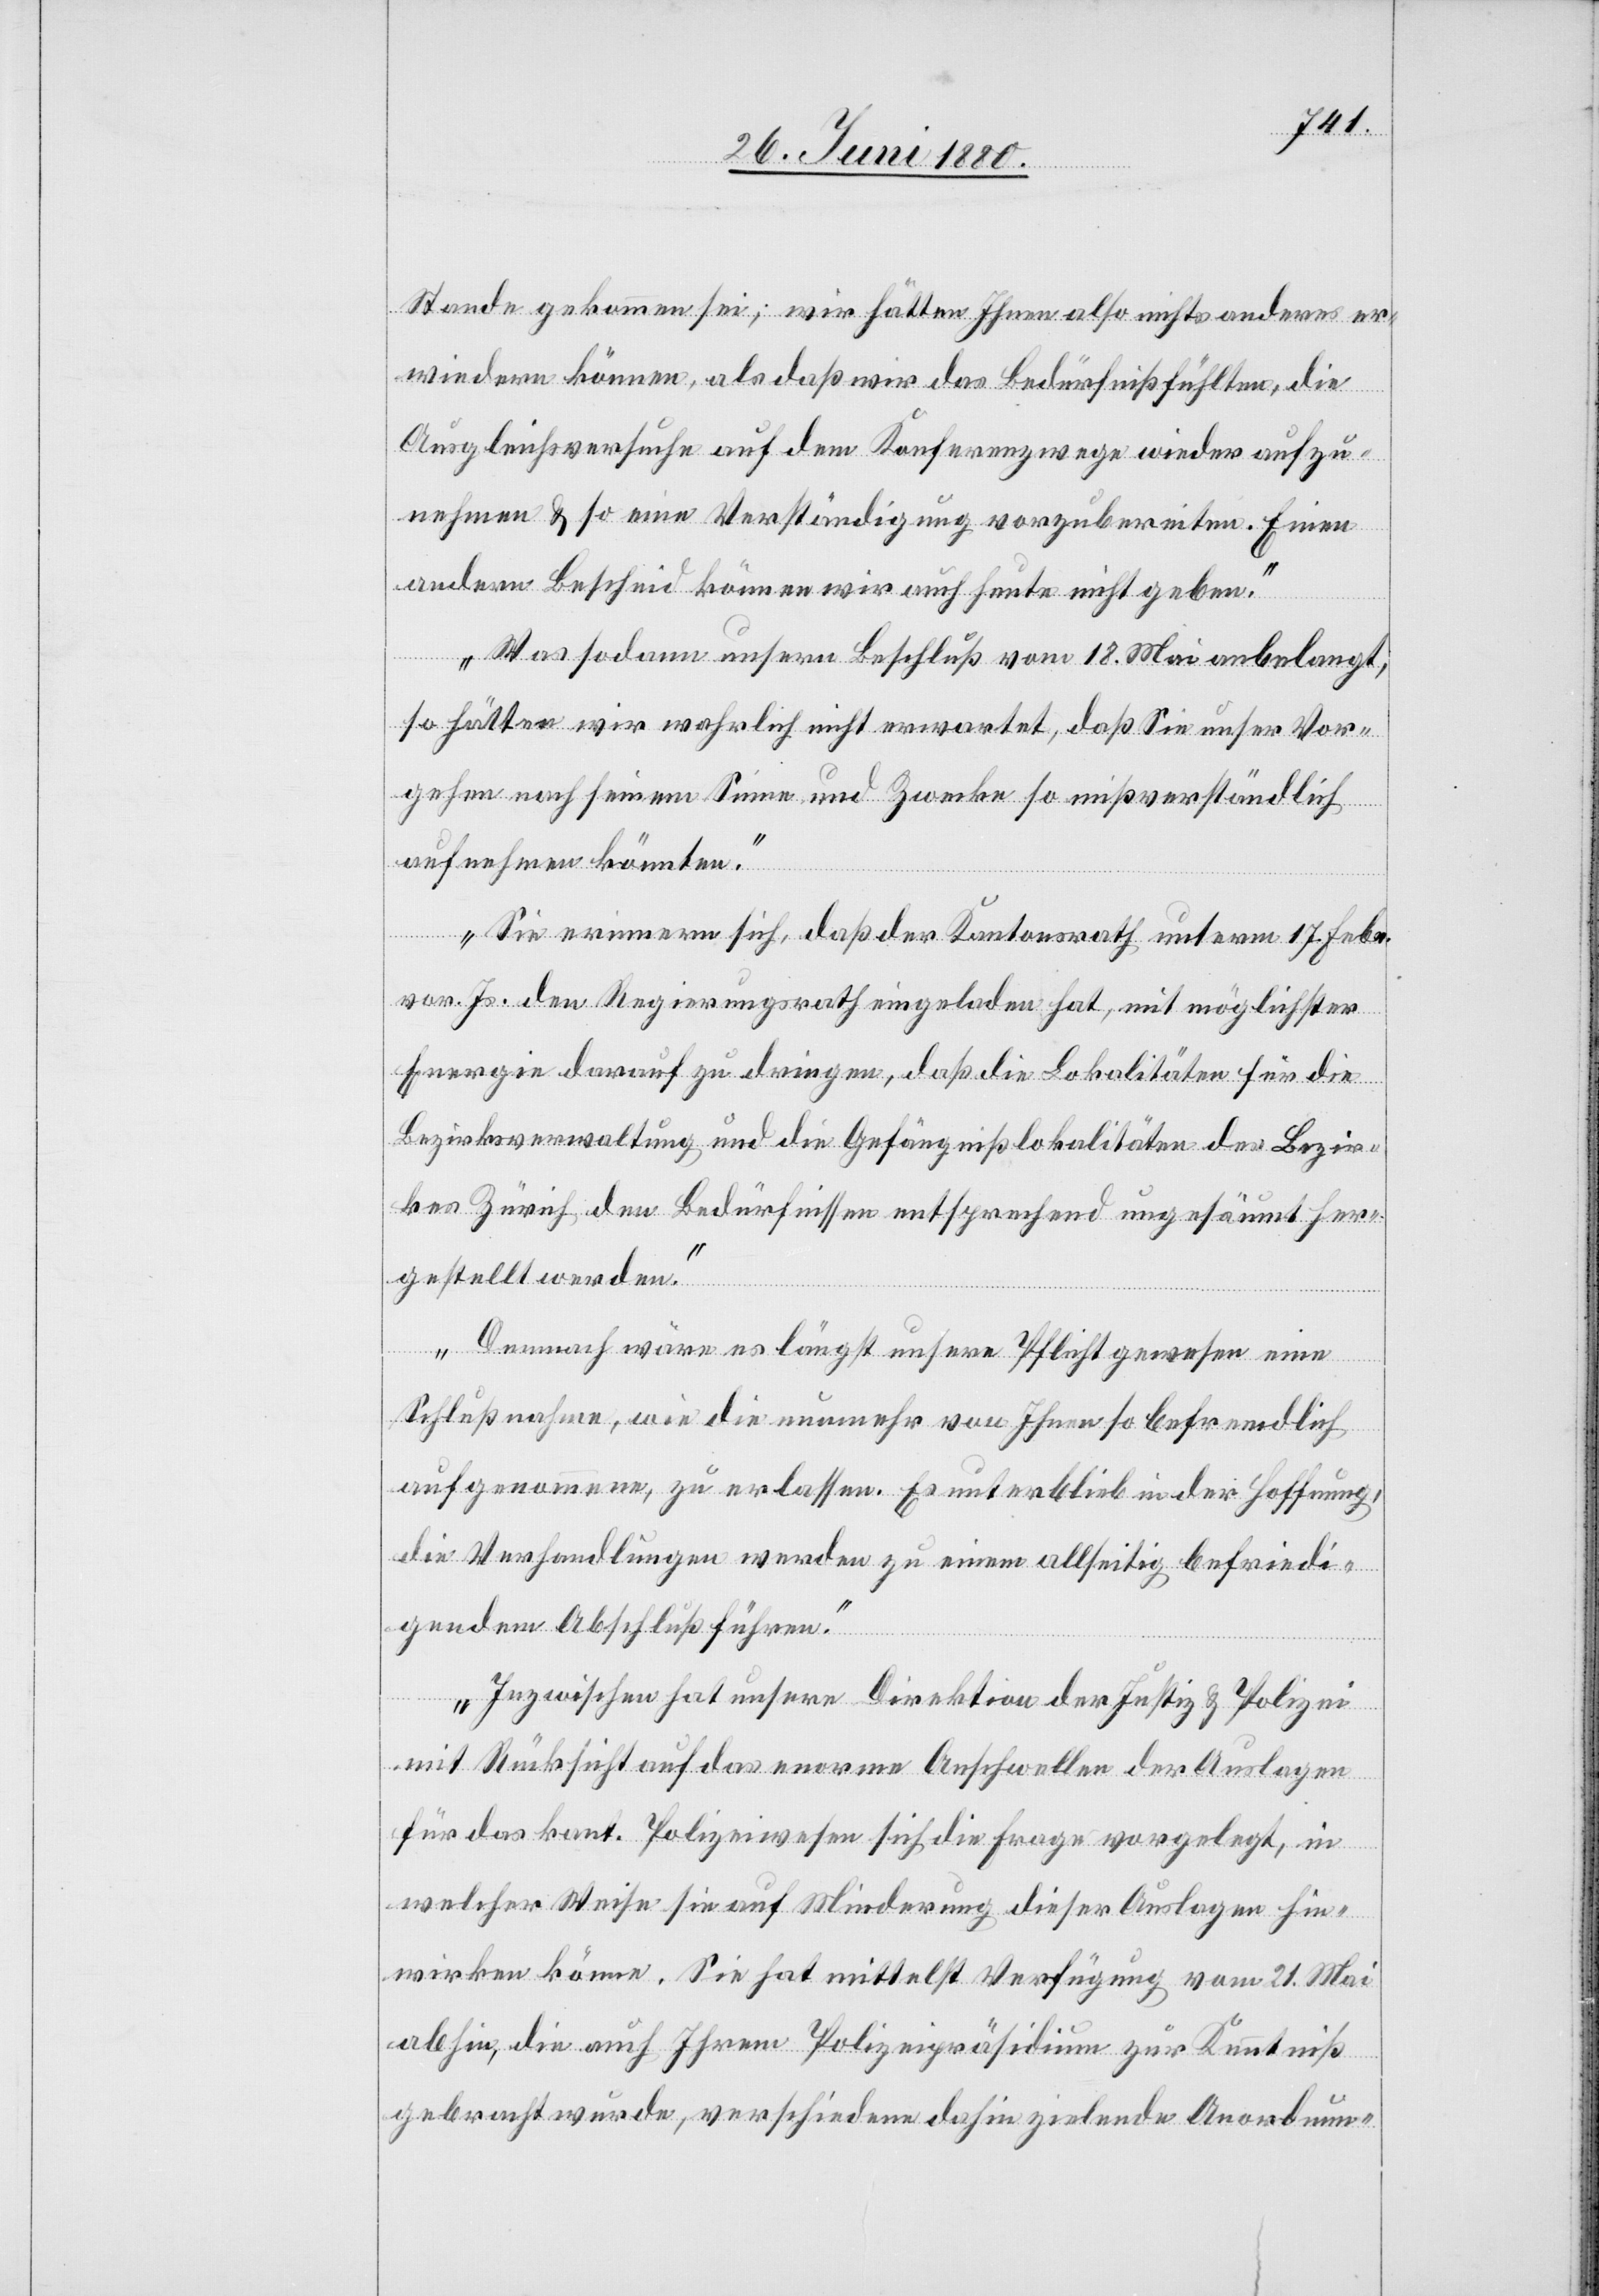
Stande gekommen sei; wir hätten Ihnen also nichts anderes er¬
wiedern können, als daß wir das Bedürfniß fühlten, die
Ausgleichversuche auf dem Konferenzwege wieder aufzu¬
nehmen & so eine Verständigung vorzubereiten. Einen
andern Bescheid können wir auch heute nicht geben.
Was sodann unsern Beschluß vom 18. Mai anbelangt,
so hätten wir wahrlich nicht erwartet, daß Sie unser Vor¬
gehen nach seinem Sinne und Zwecke so mißverständlich
aufnehmen könnten.
Sie erinnern sich, daß der Kantonsrath unterm 17. Febr.
vor. Js. den Regierungsrath eingeladen hat, mit möglichster
Energie darauf zu dringen, daß die Lokalitäten für die
Bezirksverwaltung und die Gefängnißlokalitäten des Bezir¬
kes Zürich den Bedürfnissen entsprechend ungesäumt her¬
gestellt werden.
Demnach wäre es längst unsere Pflicht gewesen eine
Schlußnahme, wie die nunmehr von Ihnen so befremdlich
aufgenommene, zu erlassen. Es unterblieb in der Hoffnung,
die Verhandlungen werden zu einem allseitig befriedi¬
gendem [sic!] Abschluß führen.
Inzwischen hat unsere Direktion der Justiz & Polizei
mit Rücksicht auf das enorme Anschwellen der Auslagen
für das kant. Polizeiwesen sich die Frage vorgelegt, in
welcher Weise sie auf Minderung dieser Auslagen hin¬
wirken könne. Sie hat mittelst Verfügung vom 21. Mai
abhin, die auch Ihrem Polizeipräsidium zur Kenntniß
gebracht wurde, verschiedene dahin zielende Anordnun-